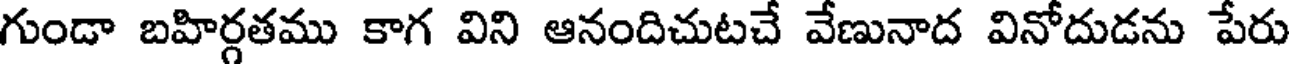
గుండా బహిర్గతము కాగ విని ఆనందిచుటచే వేణునాద వినోదుడను పేరు